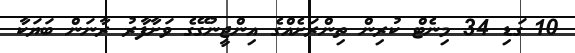
10 ގަޑި 34 މިނެޓް ކުރިން ތިންރަށެއްގެ އިންޖީނުގޭގެ ވަށާފާރު ރާނަން ބަޔަކާ